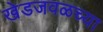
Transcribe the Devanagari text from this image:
खेडजवळच्या